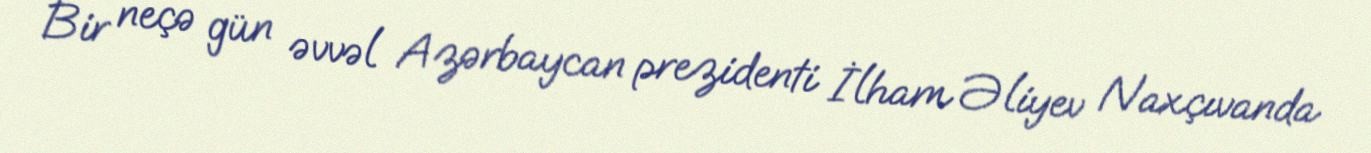
Bir neçə gün əvvəl Azərbaycan prezidenti İlham Əliyev Naxçıvanda